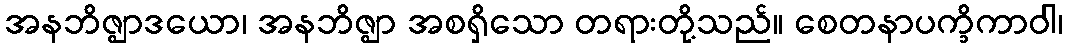
အနဘိဇ္ဈာဒယော၊ အနဘိဇ္ဈာ အစရှိသော တရားတို့သည်။ စေတနာပက္ခိကာဝါ၊